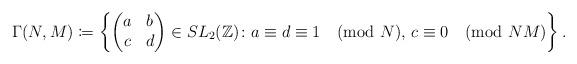
LaTeX: \begin{align*}\Gamma(N, M)\coloneqq \left\{\begin{pmatrix} a & b \\ c & d \end{pmatrix} \in SL_2(\mathbb{Z}) \colon a \equiv d \equiv 1 \pmod{N}, \, c \equiv 0 \pmod{NM} \right\}.\end{align*}